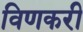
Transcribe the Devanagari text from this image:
विणकरी